Report on sanitation, dispensaries, and jails in Rajputana for 1917, and on vaccination for the year 1917-1918 - 1917-1918
Year: 1917
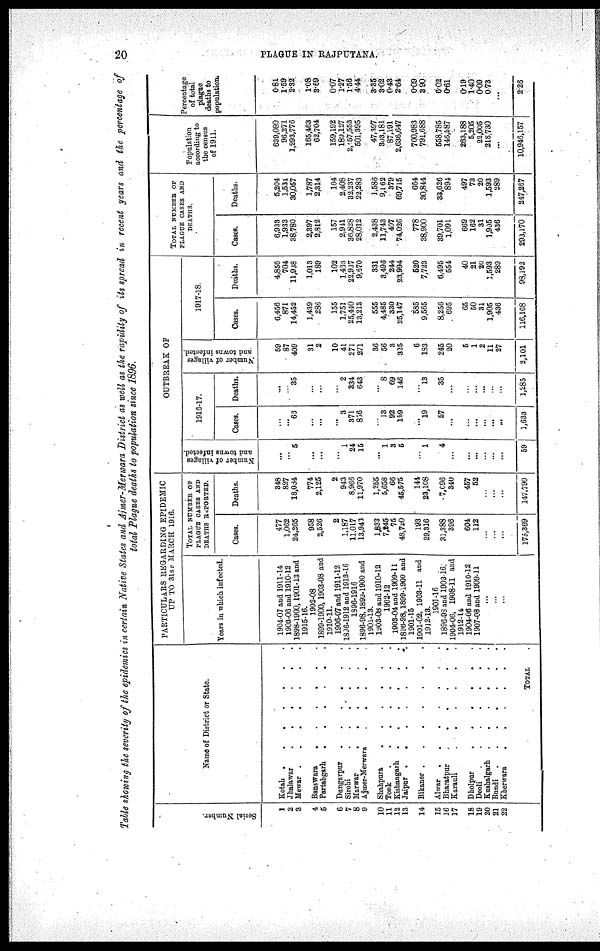
20
PLAGUE IN RAJPUTANA.
Table showing the severity of the epidemics in certain Native States and Ajmer-Merwara District as well as the rapidity of its spread in recent years and the percentage of
total Plague deaths to population since 1896.
Serial Number.
1
2
3
4
5
6
7
8
9
10
11
12
13
14
15
16
17
18
19
20
21
22
Name of District or State.
Kotah .
.
.
.
.
.
.
Jhalawar
.
.
.
.
.
.
Mewar .
.
.
.
.
.
.
Banswara
.
.
.
.
.
Partabgarh
. . . . . .
Dungarpur
.
.
.
.
.
.
Sirohi
.
.
.
.
.
.
Marwar
.
.
.
.
.
.
Ajmer-Merwara
.
.
.
.
.
Shahpura
.
.
.
.
.
.
Tonk
.
.
.
.
.
.
.
Kishangarh
.
.
.
.
.
.
Jaipur .
.
.
.
.
.
.
Bikaner. . . . . . .
Alwar
.
.
.
.
.
.
Bharatpur
.
.
.
.
.
.
Karauli
.
.
.
.
.
.
Dholpur
.
.
.
.
.
.
Deoli
.
.
.
.
.
.
.
Kushalgarh
.
.
.
.
.
.
Bundi .
.
.
.
.
.
.
Kherwara
.
.
.
.
.
.
TOTAL .
PARTICULARS REGARDING EPIDEMIC
UP TO 31ST MARCH 1916.
Years in which infected.
1904-07 and 1911-14
1903-06 and 1910-12
1898-1900, 1901-13 and
1915-16.
1902-08
1899-1900, 1903-08 and
1910-11.
1906-07 and 1911-12
1896-1912 and 1913-16
1896-1916
1896-98,1899-1900 and
1901-13.
1903-08 and 1910-12
1902-12
1903-04 and 1909-11
1896-98,1899-1900 and
1901-15
1901-02, 1903-11 and
1912-13.
1901-16
1896-98 and 1903-16.
1904-06, 1908-11 and
1912-14
1904-06 and 1910-12
1907-08 and 1909-11
...
...
...
TOTAL NUMBER OF
PLAGUE CASES AND
DEATHS REPORTED.
Cases.
477
1,062
24,265
958
2,526
2
1,187
11,017
13,943
1,833
7,245
75
48,720
193
29,316
31,388
396
604
112
...
...
...
175,369
Deaths.
348
827
18,084
774
2,125
2
943
8,966
11,970
1,255
5,658
66
45,575
144
23,108
7,096
340
457
52
...
...
...
147,790
OUTBREAK OF
Number of villages
and towns infected.
...
...
5
...
...
...
1
24
15
...
1
3
5
...
1
4
...
...
...
...
...
...
59
1916-17.
Cases.
...
...
63
...
...
...
3
371
856
...
13
92
159
...
19
57
...
...
...
...
...
...
1,633
Deaths.
...
...
35
...
...
...
2
334
643
...
8
69
146
...
13
35
...
...
...
...
...
...
1,285
Number of villages
and towns infected.
59
87
409
31
2
10
41
271
271
36
56
3
325
6
183
245
20
5
1
2
11
27
2,101
1917-18
Cases.
6,456
871
14,452
1,439
286
155
1,751
25,440
13,213
555
4,485
330
25,147
585
9,565
8,256
695
65
50
31
1,905
436
116,168
Deaths.
4,856
704
11,938
1,013
189
102
1,463
22,937
9,670
331
3,496
244
23,994
520
7,723
6,495
554
40
21
20
1,593
289
98,192
TOTAL NUMBER OF
PLAGUE CASES AND
DEATHS.
Cases.
6,933
1,933
38,780
2,397
2,812
157
2,941
36,828
28,012
2,438
11,743
497
74,026
778
38,900
39,701
1,091
669
162
31
1,905
436
293,170
Deaths.
5,204
1,531
30,057
1,787
2,314
104
2,408
32,237
22,283
1,586
9,162
379
69,715
664
30,844
33,626
894
497
73
20
1,593
289
247,267
Population
according to
the census
of 1911.
639,080
96,271
1,293,776
165,463
62,704
159,192
183,127
2,157,553
501,395
47,397
303,181
87,191
2,636,647
700,983
791,688
558,785
146,587
263,188
5,205
22,005
218,730
...
10,946,157
Percentage
of total
plague
deaths to
populations
0.81
1.59
2.32
1.08
3.69
0.07
1.27
1.56
4.44
3.35
3.02
0.43
2.64
0.09
3.90
6.02
0.61
0.19
1.40
0.09
0.73
...
2.26